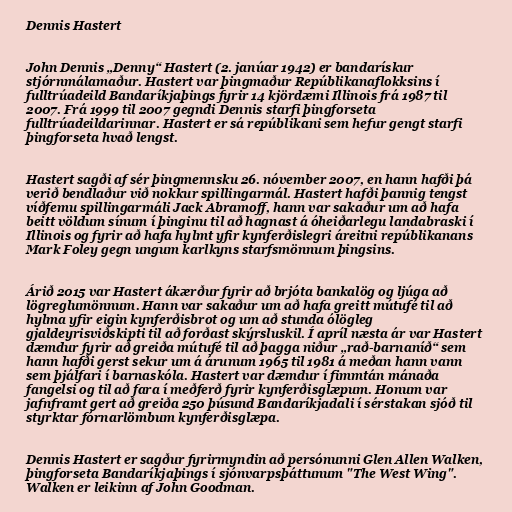
Dennis Hastert

John Dennis „Denny“ Hastert (2. janúar 1942) er bandarískur
stjórnmálamaður. Hastert var þingmaður Repúblikanaflokksins í
fulltrúadeild Bandaríkjaþings fyrir 14 kjördæmi Illinois frá 1987 til
2007. Frá 1999 til 2007 gegndi Dennis starfi þingforseta
fulltrúadeildarinnar. Hastert er sá repúblikani sem hefur gengt starfi
þingforseta hvað lengst.

Hastert sagði af sér þingmennsku 26. nóvember 2007, en hann hafði þá
verið bendlaður við nokkur spillingarmál. Hastert hafði þannig tengst
víðfemu spillingarmáli Jack Abramoff, hann var sakaður um að hafa
beitt völdum sínum í þinginu til að hagnast á óheiðarlegu landabraski í
Illinois og fyrir að hafa hylmt yfir kynferðislegri áreitni repúblikanans
Mark Foley gegn ungum karlkyns starfsmönnum þingsins.

Árið 2015 var Hastert ákærður fyrir að brjóta bankalög og ljúga að
lögreglumönnum. Hann var sakaður um að hafa greitt mútufé til að
hylma yfir eigin kynferðisbrot og um að stunda ólögleg
gjaldeyrisviðskipti til að forðast skýrsluskil. Í apríl næsta ár var Hastert
dæmdur fyrir að greiða mútufé til að þagga niður „rað-barnaníð“ sem
hann hafði gerst sekur um á árunum 1965 til 1981 á meðan hann vann
sem þjálfari í barnaskóla. Hastert var dæmdur í fimmtán mánaða
fangelsi og til að fara í meðferð fyrir kynferðisglæpum. Honum var
jafnframt gert að greiða 250 þúsund Bandaríkjadali í sérstakan sjóð til
styrktar fórnarlömbum kynferðisglæpa.

Dennis Hastert er sagður fyrirmyndin að persónunni Glen Allen Walken,
þingforseta Bandaríkjaþings í sjónvarpsþáttunum "The West Wing".
Walken er leikinn af John Goodman.